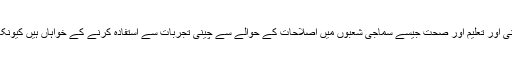
وزیراعظم عمران خان نے کہا کہ وہ غربت کے خاتمے، انسداد بدعنوانی اور تعلیم اور صحت جیسے سماجی شعبوں میں اصلاحات کے حوالے سے چینی تجربات سے استفادہ کرنے کے خواہاں ہیں کیونکہ ان شعبوں میں اصلاحات ان کی حکومت کی ترجیحات میں شامل ہیں۔